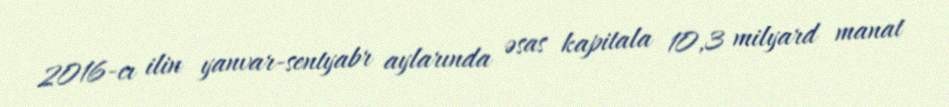
2016-cı ilin yanvar-sentyabr aylarında əsas kapitala 10,3 milyard manat